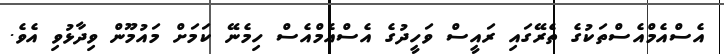
އެސްއެމްއެސްތަކުގެ ތެރޭގައި ރައީސް ވަހީދުގެ އެސްއެމްއެސް ހިމެނޭ ކަމަށް މައުމޫން ވިދާޅުވި އެވެ.